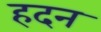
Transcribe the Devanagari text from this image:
हदन